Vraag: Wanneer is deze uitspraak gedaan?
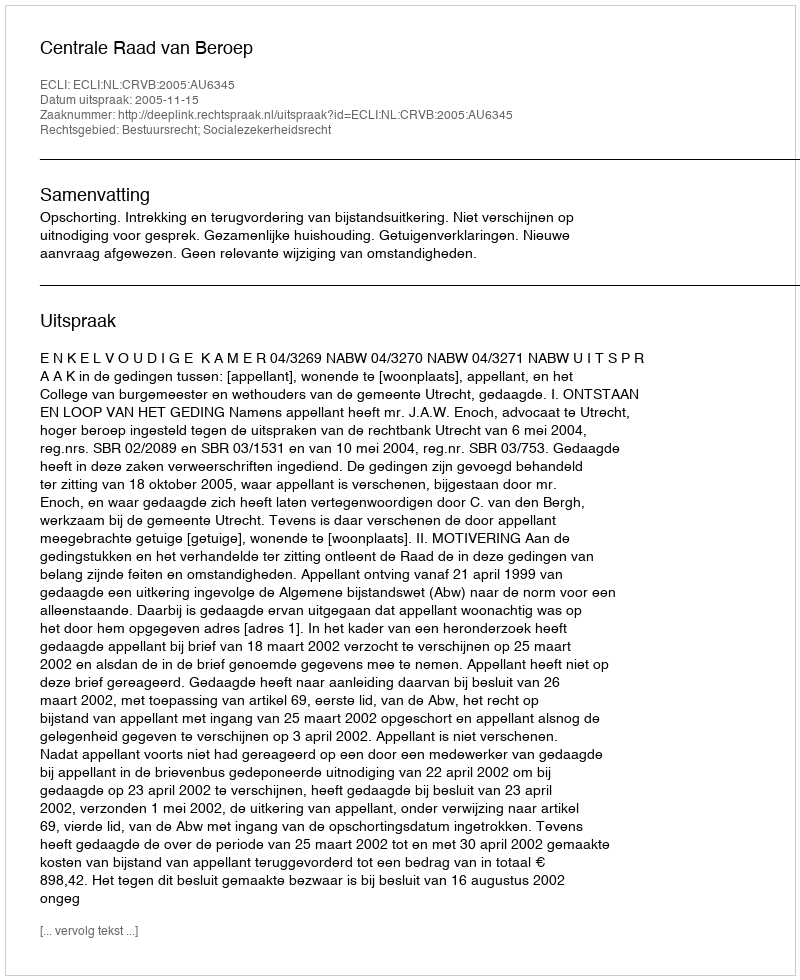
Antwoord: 2005-11-15